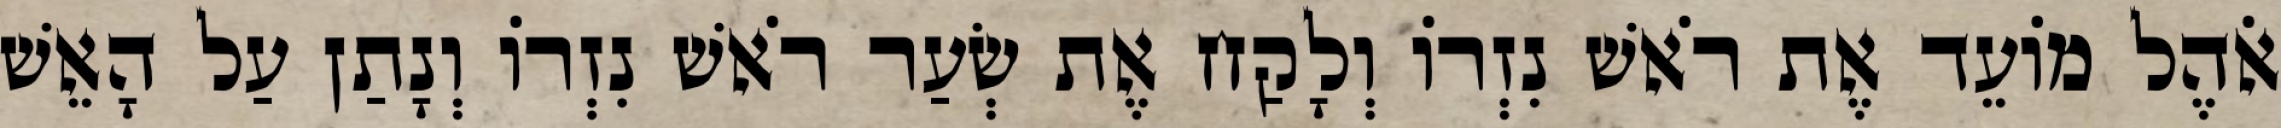
אֹהֶל מוֹעֵד אֶת רֹאשׁ נִזְרוֹ וְלָקַח אֶת שְׂעַר רֹאשׁ נִזְרוֹ וְנָתַן עַל הָאֵשׁ